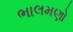
ભાલમણો